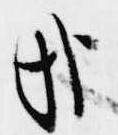
哉